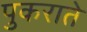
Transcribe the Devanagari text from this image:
पुकराते